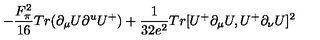
- { \frac { F _ { \pi } ^ { 2 } } { 1 6 } } T r ( \partial _ { \mu } U \partial ^ { u } U ^ { + } ) + { \frac { 1 } { 3 2 e ^ { 2 } } } T r [ U ^ { + } \partial _ { \mu } U , U ^ { + } \partial _ { \nu } U ] ^ { 2 }